Plague in India, 1896, 1897 - Volume 3
Year: 1896
Disease focus: Plague
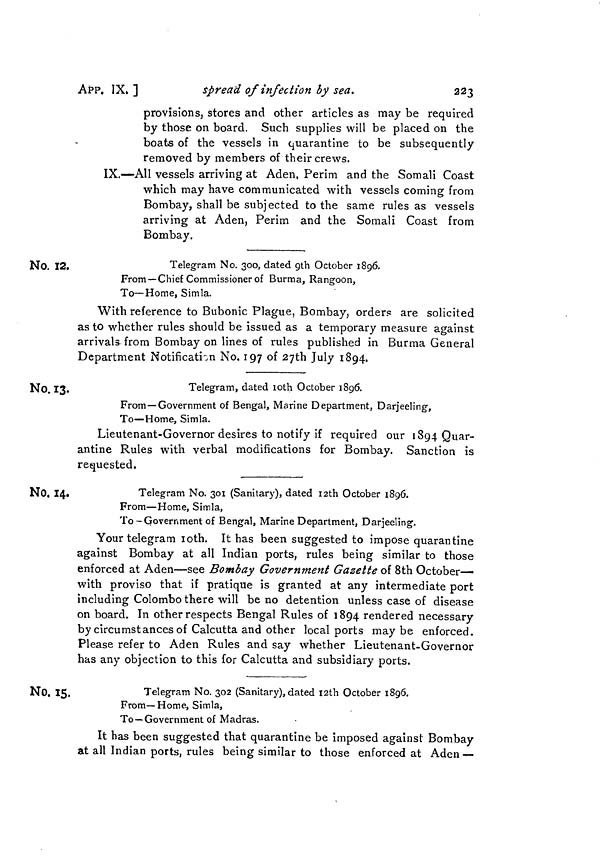
223
APP. IX.
]
spread of infection by sea.
provisions; stores and other articles as may be required
by those on board. Such supplies will be placed on the
boats of the vessels in quarantine to be subsequently
removed by members of their crews.
IX.—All vessels arriving at Aden, Perim and the Somali Coast
which may have communicated with vessels coming from
Bombay, shall be subjected to the same rules as vessels
arriving at Aden, Perim and the Somali Coast from
Bombay.
No. 12.
Telegram No. 300, dated 9th October 1896.
From —Chief Commissioner of Burma, Rangoon,
To—Home, Simla.
With reference to Bubonic Plague, Bombay, orders are solicited
as to whether rules should be issued as a temporary measure against
arrivals from Bombay on lines of rules published in Burma General
Department Notification No. 197 of 27th July 1894.
No. 13,
Telegram, dated loth October 1896.
From — Government of Bengal, Marine Department, Darjeeling,
To—Home, Simla.
Lieutenant-Governor desires to notify if required our 1894 Quar-
antine Rules with verbal modifications for Bombay. Sanction is
requested.
No. 14.
Telegram No. 301 (Sanitary), dated I2th October 1896.
From—Home, Simla,
To-Government of Bengal, Marine Department, Darjeeling.
Your telegram 10th. It has been suggested to impose quarantine
against Bombay at all Indian ports, rules being similar to those
enforced at Aden—see Bombay Government Gazette of 8th October—
with proviso that if pratique is granted at any intermediate port
including Colombo there will be no detention unless case of disease
on board. In other respects Bengal Rules of 1894 rendered necessary
by circumstances of Calcutta and other local ports may be enforced.
Please refer to Aden Rules and say whether Lieutenant-Governor
has any objection to this for Calcutta and subsidiary ports.
No. 15.
Telegram No. 302 (Sanitary), dated 12th October 1896.
From— Home, Simla,
To—Government of Madras.
It has been suggested that quarantine be imposed against Bombay
at all Indian ports, rules being similar to those enforced at Aden —